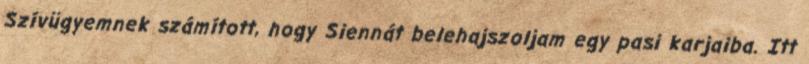
Szívügyemnek számított, hogy Siennát belehajszoljam egy pasi karjaiba. Itt